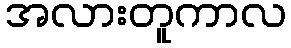
အလားတူကာလ